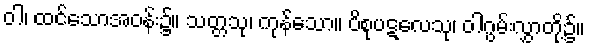
ဝါ၊ ထင်သောအဝန်း၌။ သတ္တသု၊ ကုန်သော။ ပိစုပဋလေသု၊ ဝါဂွမ်းလွှာတို့၌။